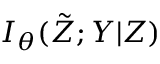
I _ { \theta } ( \tilde { Z } ; Y | Z )